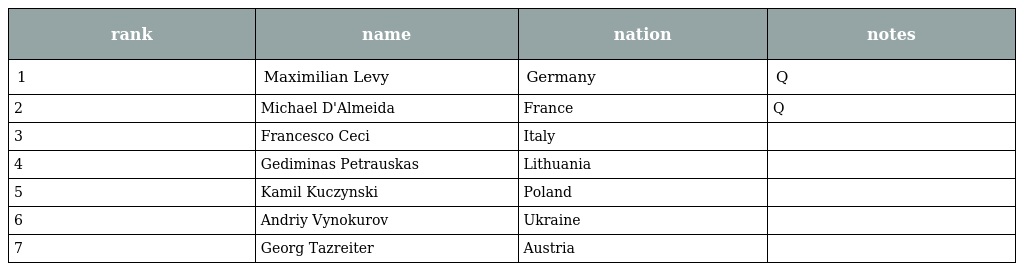
| rank | name | nation | notes |
 | --- | --- | --- | --- |
 | 1 | Maximilian Levy | Germany | Q |
 | 2 | Michael D'Almeida | France | Q |
 | 3 | Francesco Ceci | Italy |  |
 | 4 | Gediminas Petrauskas | Lithuania |  |
 | 5 | Kamil Kuczynski | Poland |  |
 | 6 | Andriy Vynokurov | Ukraine |  |
 | 7 | Georg Tazreiter | Austria |  |